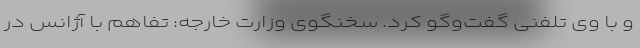
و با وی تلفنی گفت‌وگو کرد. سخنگوی وزارت خارجه: تفاهم با آژانس در